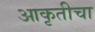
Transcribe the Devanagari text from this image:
आकृतीचा